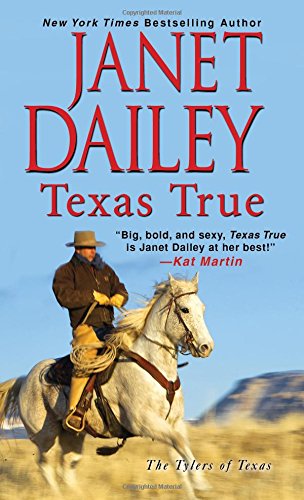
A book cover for Texas True (The Tylers of Texas); Janet Dailey; Romance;